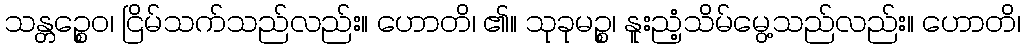
သန္တဉ္စေဝ၊ ငြိမ်သက်သည်လည်း။ ဟောတိ၊ ၏။ သုခုမဉ္စ၊ နူးညံ့သိမ်မွေ့သည်လည်း။ ဟောတိ၊